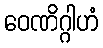
ဝေဏိဂ္ဂါဟံ